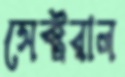
সেক্টরাল